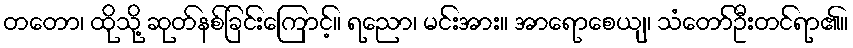
တတော၊ ထိုသို့ ဆုတ်နစ်ခြင်းကြောင့်။ ရညော၊ မင်းအား။ အာရောစေယျ၊ သံတော်ဦးတင်ရာ၏။